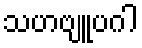
သဟဗျူပဂါ